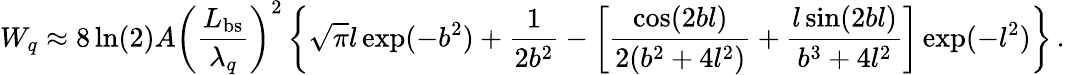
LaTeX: W_{q}\approx 8\ln(2)A\left(\frac{L_{\mathrm{bs}}}{\lambda_{q}}\right)^{2}\left\{ \sqrt{\pi}l\exp(-b^{2})+\frac{1}{2b^{2}}-\left[\frac{\cos(2bl)}{2(b^{2}+4l^{2})}+\frac{l\sin(2bl)}{b^{3}+4l^{2}}\right]\exp(-l^{2})\right\} \, .